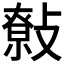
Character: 𢿞